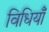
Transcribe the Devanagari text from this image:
विधियाँं